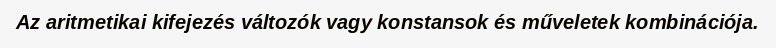
Az aritmetikai kifejezés változók vagy konstansok és műveletek kombinációja.